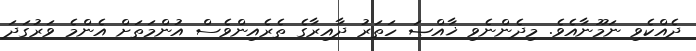
ދެއްކެވި ނަމޫނާއެވެ. މިދެންނެވި ޚާއްޞަ ހަތަރު ދާއިރާގެ ތެރެއިންވެސް އުންމަތަށް އެންމެ ވަރުގަދަ